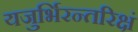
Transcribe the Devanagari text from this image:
यजुर्भिरन्तरिक्षं